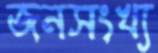
জনসংখ্য